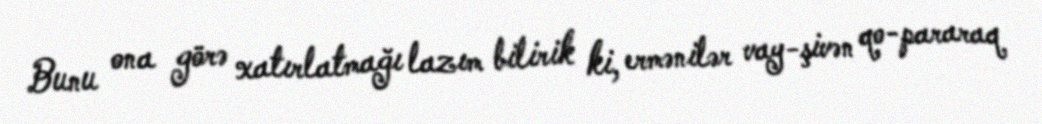
Bunu ona görə xatırlatmağı lazım bilirik ki, ermənilər vay-şivən qo­pararaq